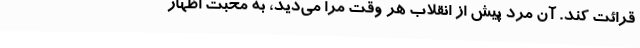
قرائت کند. آن مرد پیش از انقلاب هر وقت مرا می‌دید، به محبت اظهار